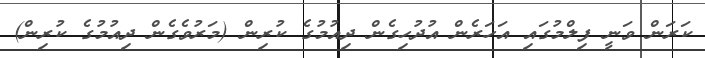
ކަރަން ވަނީ ފިލްމުގައި އަހަރެން އުދުހިގެން ދިއުމުގެ ކުރިން (މަރުވެގެން ދިއުމުގެ ކުރިން)